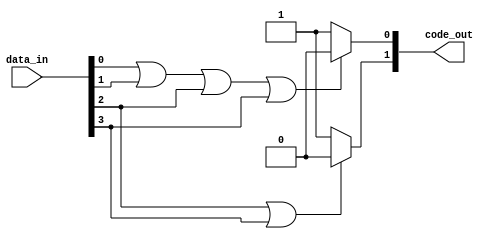
module encoder(
  input [3:0] data_in,
  output [1:0] code_out
);

assign code_out[0] = (data_in[0] | data_in[1] | data_in[2] | data_in[3]) ? 1'b0 : 1'b1;
assign code_out[1] = (data_in[2] | data_in[3]) ? 1'b0 : 1'b1;

endmodule